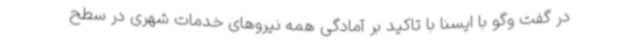
در گفت وگو با ایسنا با تاکید بر آمادگی همه نیروهای خدمات شهری در سطح